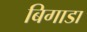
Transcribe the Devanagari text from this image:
बिगाडा